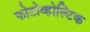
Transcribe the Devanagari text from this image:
फोटोव्होल्टिक